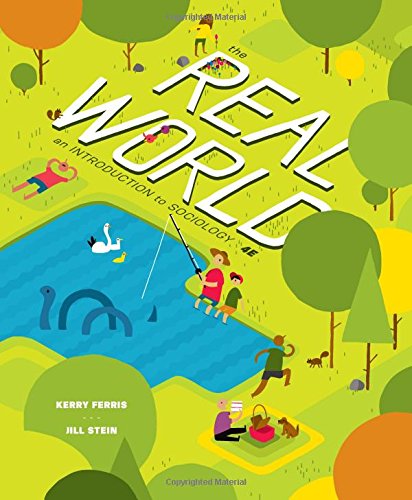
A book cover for The Real World (Fourth Edition); Kerry Ferris; Politics & Social Sciences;